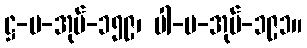
ဋ္ဌ-ပ-အုပ်-၁၅၉၊ ပါ-ပ-အုပ်-၁၉၁။